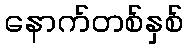
နောက်တစ်နှစ်